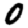
Digit: 0